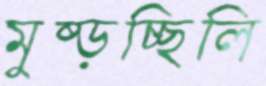
মুষ্‌ড়চ্ছিলি